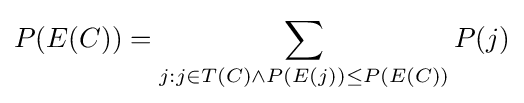
P(E(C))=\sum _{j:j\in T(C)\land P(E(j))\leq P(E(C))}P(j)